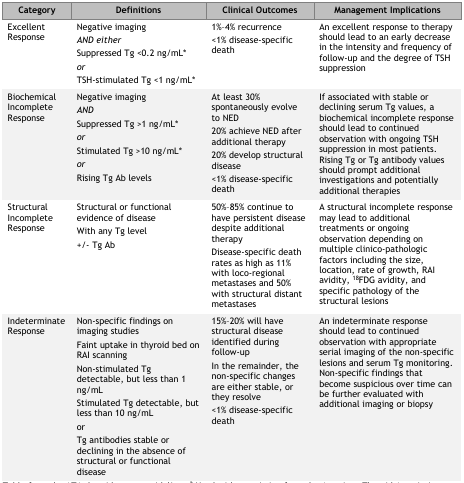
<table><thead><tr><td><b>Category</b></td><td><b>Definitions</b></td><td><b>Clinical Outcomes</b></td><td><b>Management Implications</b></td></tr></thead><tbody><tr><td>Excellent Response</td><td>Negative imaging<i>AND either</i>Suppressed Tg &lt;0.2 ng/mL<sup>*</sup><i>or</i>TSH-stimulated Tg &lt;1 ng/mL<sup>*</sup></td><td>1%–4% recurrence&lt;1% disease-specific death</td><td>An excellent response to therapy should lead to an early decrease in the intensity and frequency of follow-up and the degree of TSH suppression</td></tr><tr><td>Biochemical Incomplete Response</td><td>Negative imaging<i>AND</i>Suppressed Tg &gt;1 ng/mL<sup>*</sup><i>or</i>Stimulated Tg &gt;10 ng/mL<sup>*</sup><i>or</i>Rising Tg Ab levels</td><td>At least 30% spontaneously evolve to NED20% achieve NED after additional therapy20% develop structural disease&lt;1% disease-specific death</td><td>If associated with stable or declining serum Tg values, a biochemical incomplete response should lead to continued observation with ongoing TSH suppression in most patients. Rising Tg or Tg antibody values should prompt additional investigations and potentially additional therapies</td></tr><tr><td>Structural Incomplete Response</td><td>Structural or functional evidence of diseaseWith any Tg level+/− Tg Ab</td><td>50%–85% continue to have persistent disease despite additional therapyDisease-specific death rates as high as 11% with loco-regional metastases and 50% with structural distant metastases</td><td>A structural incomplete response may lead to additional treatments or ongoing observation depending on multiple clinico-pathologic factors including the size, location, rate of growth, RAI avidity, <sup>18</sup>FDG avidity, and specific pathology of the structural lesions</td></tr><tr><td>Indeterminate Response</td><td>Non-specific findings on imaging studiesFaint uptake in thyroid bed on RAI scanningNon-stimulated Tg detectable, but less than 1 ng/mLStimulated Tg detectable, but less than 10 ng/mLorTg antibodies stable or declining in the absence of structural or functional disease</td><td>15%–20% will have structural disease identified during follow-upIn the remainder, the non-specific changes are either stable, or they resolve&lt;1% disease-specific death</td><td>An indeterminate response should lead to continued observation with appropriate serial imaging of the non-specific lesions and serum Tg monitoring. Non-specific findings that become suspicious over time can be further evaluated with additional imaging or biopsy</td></tr></tbody></table>